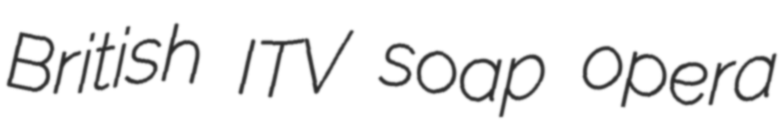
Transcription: British ITV soap opera